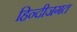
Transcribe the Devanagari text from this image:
हिन्दीजगत